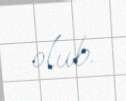
olub.